Indian journal of veterinary science and animal husbandry - Volumes 15-17, 1948-1951
Year: 1948
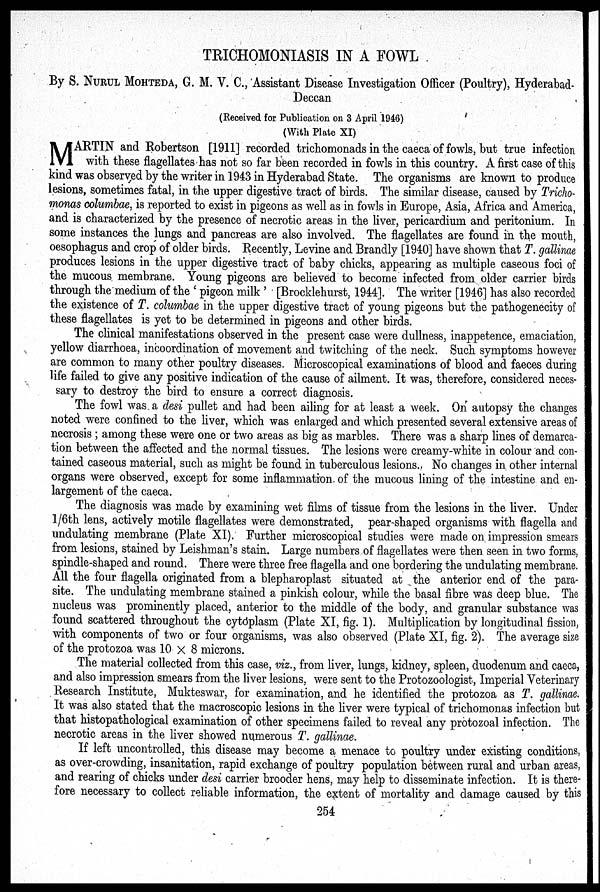
TRICHOMONIASIS IN A FOWL
By S. NURUL MOHTEDA, G. M. V. C., Assistant Disease Investigation Officer (Poultry), Hyderabad-
Deccan
(Received for Publication on 3 April 1946)
(With Plate XI)
M ARTIN and Robertson [1911] recorded trichomonads in the caeca of fowls, but true infection
with these flagellates has not so far been recorded in fowls in this country. A first case of this
kind was observed by the writer in 1943 in Hyderabad State. The organisms are known to produce
lesions, sometimes fatal, in the upper digestive tract of birds. The similar disease, caused by Tricho-
monas columbae, is reported to exist in pigeons as well as in fowls in Europe, Asia, Africa and America,
and is characterized by the presence of necrotic areas in the liver, pericardium and peritonium. In
some instances the lungs and pancreas are also involved. The flagellates are found in the mouth,
oesophagus and crop of older birds. Recently, Levine and Brandly [1940] have shown that T. gallinae
produces lesions in the upper digestive tract of baby chicks, appearing as multiple caseous foci of
the mucous membrane. Young pigeons are believed to become infected from older carrier birds
through the medium of the 'pigeon milk' [Brocklehurst, 1944]. The writer [1946] has also recorded
the existence of T. columbae in the upper digestive tract of young pigeons but the pathogenecity of
these flagellates is yet to be determined in pigeons and other birds.
The clinical manifestations observed in the present case were dullness, inappetence, emaciation,
yellow diarrhoea, incoordination of movement and twitching of the neck. Such symptoms however
are common to many other poultry diseases. Microscopical examinations of blood and faeces during
life failed to give any positive indication of the cause of ailment. It was, therefore, considered neces-
sary to destroy the bird to ensure a correct diagnosis.
The fowl was a desi pullet and had been ailing for at least a week. On autopsy the changes
noted were confined to the liver, which was enlarged and which presented several extensive areas of
necrosis ; among these were one or two areas as big as marbles. There was a sharp lines of demarca-
tion between the affected and the normal tissues. The lesions were creamy-white in colour and con-
tained caseous material, such as might be found in tuberculous lesions. No changes in other internal
organs were observed, except for some inflammation of the mucous lining of the intestine and en-
largement of the caeca.
The diagnosis was made by examining wet films of tissue from the lesions in the liver. Under
1/6th lens, actively motile flagellates were demonstrated, pear-shaped organisms with flagella and
undulating membrane (Plate XI). Further microscopical studies were made on impression smears
from lesions, stained by Leishman's stain. Large numbers of flagellates were then seen in two forms,
spindle-shaped and round. There were three free flagella and one bordering the undulating membrane.
All the four flagella originated from a blepharoplast situated at the anterior end of the para-
site. The undulating membrane stained a pinkish colour, while the basal fibre was deep blue. The
nucleus was prominently placed, anterior to the middle of the body, and granular substance was
found scattered throughout the cytoplasm (Plate XI, fig. 1). Multiplication by longitudinal fission,
with components of two or four organisms, was also observed (Plate XI, fig. 2). The average size
of the protozoa was 10 × 8 microns.
The material collected from this case, viz., from liver, lungs, kidney, spleen, duodenum and caeca,
and also impression smears from the liver lesions, were sent to the Protozoologist, Imperial Veterinary
Research Institute, Mukteswar, for examination, and he identified the protozoa as T. gallinae.
It was also stated that the macroscopic lesions in the liver were typical of trichomonas infection but
that histopathological examination of other specimens failed to reveal any protozoal infection. The
necrotic areas in the liver showed numerous T. gallinae.
If left uncontrolled, this disease may become a menace to poultry under existing conditions,
as over-crowding, insanitation, rapid exchange of poultry population between rural and urban areas,
and rearing of chicks under desi carrier brooder hens, may help to disseminate infection. It is there-
fore necessary to collect reliable information, the extent of mortality and damage caused by this
254